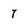
Character: 7